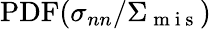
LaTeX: \mathrm{PDF}(\sigma_{nn}/\Sigma_{\mathrm{~m~i~s~}})